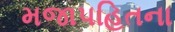
મજાપહિતના